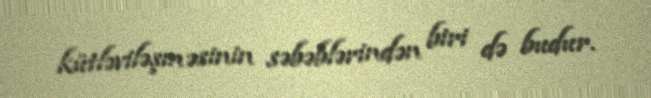
kütləviləşməsinin səbəblərindən biri də budur.